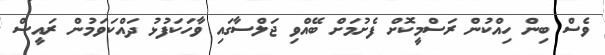
ވެސް ބިން ހިއްކުން ރަސްމީކޮށް ފެށުމަށް ބޭއްވި ޖަލްސާގައި ވާހަކަފުޅު ދައްކަވަމުން ރައީސް